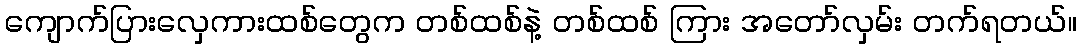
ကျောက်ပြားလှေကားထစ်တွေက တစ်ထစ်နဲ့ တစ်ထစ် ကြား အတော်လှမ်း တက်ရတယ်။